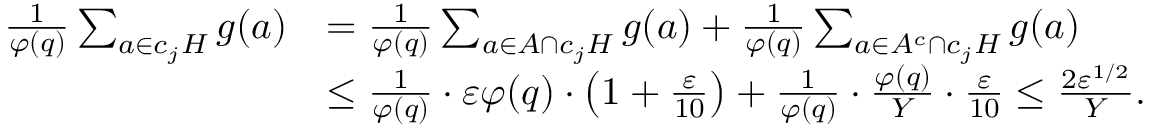
\begin{array} { r l } { \frac { 1 } { \varphi ( q ) } \sum _ { a \in c _ { j } H } g ( a ) } & { = \frac { 1 } { \varphi ( q ) } \sum _ { a \in A \cap c _ { j } H } g ( a ) + \frac { 1 } { \varphi ( q ) } \sum _ { a \in A ^ { c } \cap c _ { j } H } g ( a ) } \\ & { \leq \frac { 1 } { \varphi ( q ) } \cdot \varepsilon \varphi ( q ) \cdot \left( 1 + \frac { \varepsilon } { 1 0 } \right) + \frac { 1 } { \varphi ( q ) } \cdot \frac { \varphi ( q ) } { Y } \cdot \frac { \varepsilon } { 1 0 } \leq \frac { 2 \varepsilon ^ { 1 / 2 } } { Y } . } \end{array}